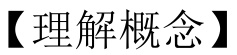
【理解概念】